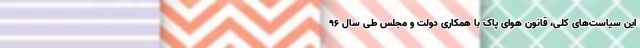
این سیاست‌های کلی، قانون هوای پاک با همکاری دولت و مجلس طی سال ۹۶